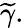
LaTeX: \widetilde{\gamma}.